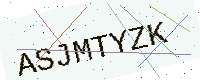
Text: ASJMTYZK